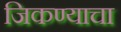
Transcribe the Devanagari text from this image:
जिकण्याचा